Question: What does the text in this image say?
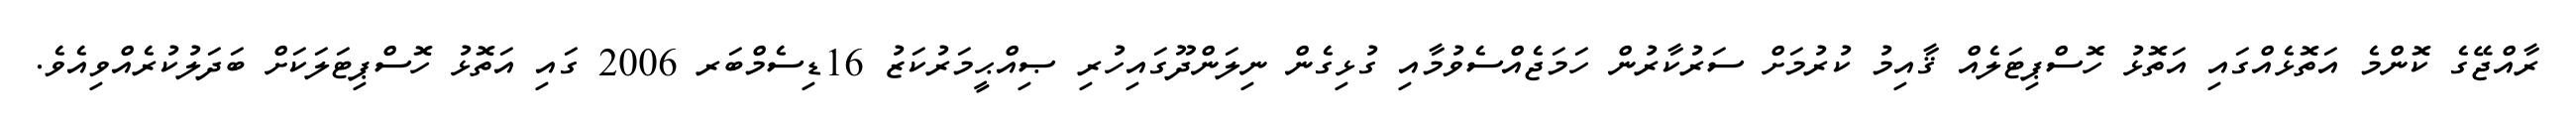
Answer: ރާއްޖޭގެ ކޮންމެ އަތޮޅެއްގައި އަތޮޅު ހޮސްޕިޓަލެއް ޤާއިމު ކުރުމަށް ސަރުކާރުން ހަމަޖެއްސެވުމާއި ގުޅިގެން ނިލަންދޫގައިހުރި ޞިއްޙީމަރުކަޒު 16ޑިސެމްބަރ 2006 ގައި އަތޮޅު ހޮސްޕިޓަލަކަށް ބަދަލުކުރެއްވިއެވެ.